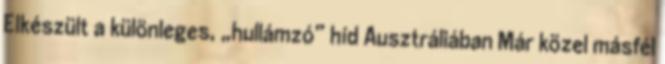
Elkészült a különleges, „hullámzó” híd Ausztráliában Már közel másfél